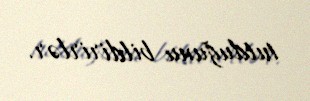
tutduğunu bildirirlər.